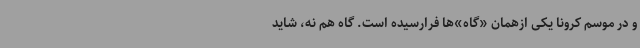
و در موسم کرونا یکی ازهمان «گاه»‌ها فرارسیده است. گاه هم نه، شاید